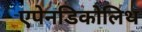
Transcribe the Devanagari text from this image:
एपेनडिकोलिथ